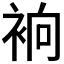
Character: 𧙹